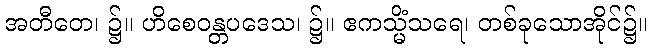
အတီတေ၊ ၌။ ဟိစေဝန္တပဒေသ၊ ၌။ ဧကသ္မိံသရေ၊ တစ်ခုသောအိုင်၌။